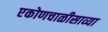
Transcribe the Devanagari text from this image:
एकोणचाळीसाव्या